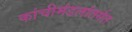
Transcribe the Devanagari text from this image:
कांचीमंडलांतर्गत